Civil Veterinary Department Bengal reports 1923-33 - 1923-1933
Year: 1923
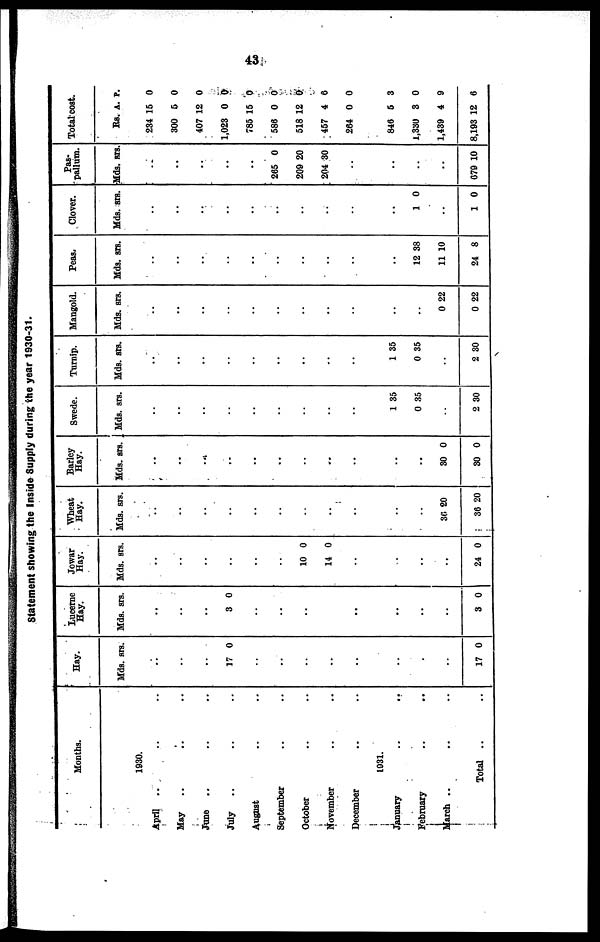
43
Statement showing the Inside Supply during the year 1930-31.
April ..
May
..
June ..
July
..
August
September
October
November
December
January
February
March ..
Months.
1930.
.. ..
.. ..
.. ..
.. ..
.. ..
.. ..
.. ..
.. ..
.. ..
1931.
.. ..
.. ..
.. ..
Total .. ..
Hay.
Mds. srs.
..
..
..
17 0
..
..
..
..
..
..
..
..
17 0
Lucerne
Hay.
Mds. srs.
..
..
..
3 0
..
...
..
..
..
..
..
..
3 0
Jowar
Hay.
Mds. srs.
..
..
..
..
..
..
10 0
14 0
..
..
..
..
24 0
Wheat
Hay.
Mds. srs.
..
..
..
..
..
..
..
..
..
..
..
36 20
36 20
Barley
Hay.
Mds. srs.
..
..
..
..
..
..
..
..
..
..
..
30 0
30 0
Swede.
Mds. srs.
..
..
..
..
..
..
..
..
..
1 35
0 35
..
2 30
Turnip.
Mds. srs.
..
..
..
..
..
..
..
..
..
1 35
0 35
..
2 30
Mangold.
Mds. srs.
..
..
..
..
..
..
..
..
..
..
..
0 22
0 22
Peas.
Mds. srs.
..
..
..
..
..
..
..
..
..
..
12 38
11 10
24 8
Clover.
Mds. srs.
..
..
..
..
..
..
..
..
..
..
1 0
..
1 0
Pas-
pallum.
Mds. srs.
..
..
..
..
..
265 0
209 20
204 30
..
..
..
..
079 10
Total-cost.
Rs. A. P.
234 15 0
300 5 0
407 12 0
1,023 0 0
785 15 0
586 0 0
518 12 0
457 4 6
264 0 0
846 5 3
1,330 8 0
1,439 4 9
8,193 12 6